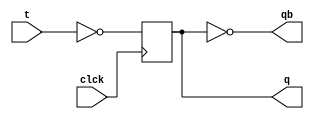
`timescale 1ns / 1ps
// T Flipflop is called Toggle Flipflop
module T_Flipflop(
    input t,clck,
    output reg q,
    output qb
    );
    
    always @ (posedge clck) begin       
    q <= (~t);
    end
    assign qb=~q;

endmodule